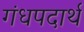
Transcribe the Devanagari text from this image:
गंधपदार्थ